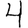
Digit: 4